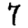
Digit: 7